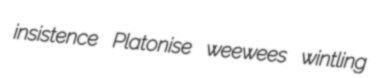
insistence Platonise weewees wintling